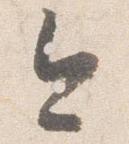
今